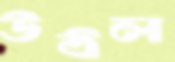
উঠল